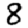
Digit: 8